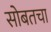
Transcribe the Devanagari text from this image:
सोबतचा